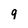
Character: 9